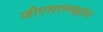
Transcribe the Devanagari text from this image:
जीएसएलव्हीचे